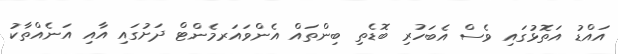
އައްޑު އަތޮޅުގައި ވެސް އެބަހުރި ބޮޑެތި ބިންތައް އެންވައަރމެންޓް ދަށުގައި އާއި އަނެއްތާކު